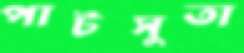
পাটসুতা